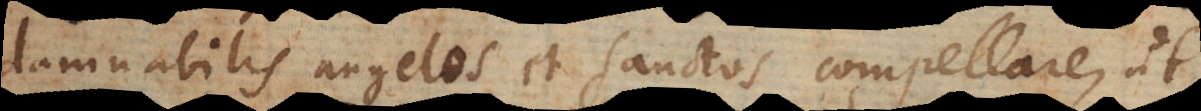
damnabilis angelos et Sanctos compellare, ut